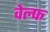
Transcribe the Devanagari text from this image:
वेल्फ